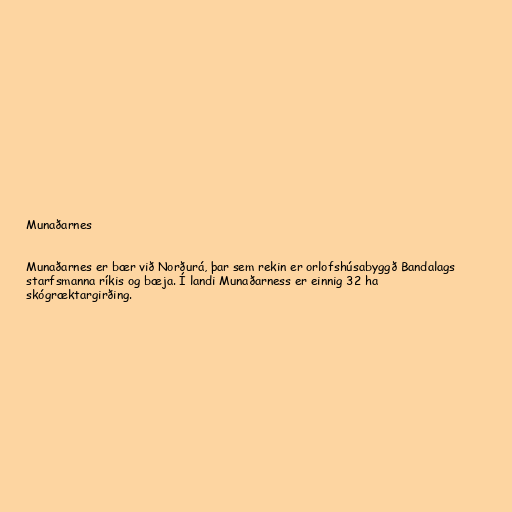
Munaðarnes

Munaðarnes er bær við Norðurá, þar sem rekin er orlofshúsabyggð Bandalags
starfsmanna ríkis og bæja. Í landi Munaðarness er einnig 32 ha
skógræktargirðing.